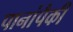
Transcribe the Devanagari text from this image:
पानांपैकी